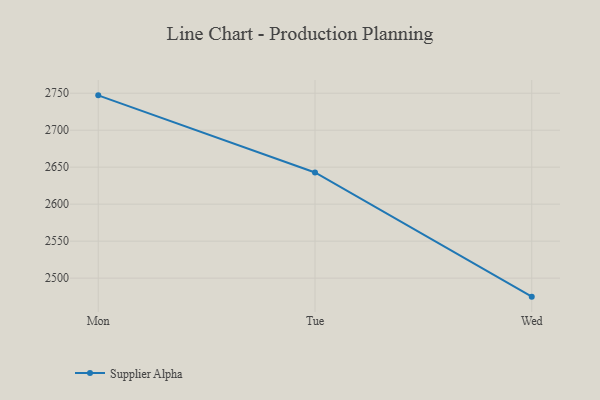
{"axis": {"x": "Day", "y": "Shipments"}, "legend": ["Supplier Alpha"], "data": [{"x": "Mon", "y": 2747.1, "type": "Supplier Alpha"}, {"x": "Tue", "y": 2642.9, "type": "Supplier Alpha"}, {"x": "Wed", "y": 2475.0, "type": "Supplier Alpha"}]}